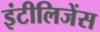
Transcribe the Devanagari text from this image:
इंटीलिजेंस